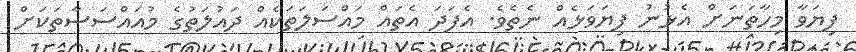
ފިޔަވާ މިހާތަނަށް އެޅުނު ފިޔަވަޅެއް ނެތެވެ. އެފަދަ އެތައް މައްސަލަތަކެއް ދައުލަތުގެ މުއައްސަސާތަކަށް